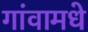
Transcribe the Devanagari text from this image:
गांवामधे